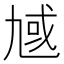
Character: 𪜗